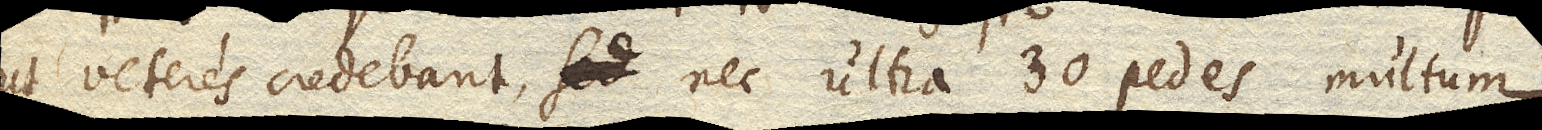
ut veteres credebant, sed nec ultra 30 pedes multum